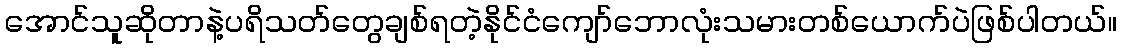
အောင်သူဆိုတာနဲ့ပရိသတ်တွေချစ်ရတဲ့နိုင်ငံကျော်ဘောလုံးသမားတစ်ယောက်ပဲဖြစ်ပါတယ်။